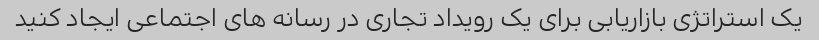
یک استراتژی بازاریابی برای یک رویداد تجاری در رسانه های اجتماعی ایجاد کنید